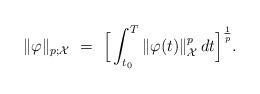
LaTeX: \begin{align*}\|\varphi\|_{p; \mathcal{X}} \ = \ \Big[ \int^T_{t_0} \|\varphi (t) \|^p_{\mathcal{X}} \, dt \Big]^{\frac{1}{p}}.\end{align*}